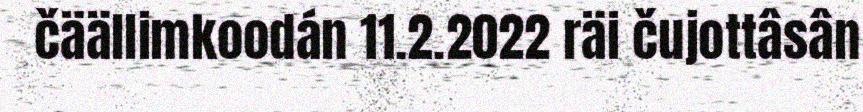
čäällimkoodán 11.2.2022 räi čujottâsân